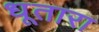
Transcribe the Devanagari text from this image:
धूतारा